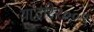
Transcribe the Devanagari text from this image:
याद्वारे२००९